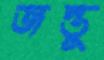
জন্তু